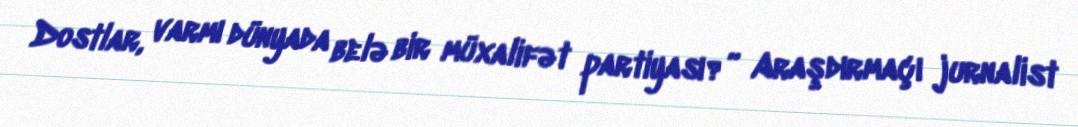
Dostlar, varmı dünyada belə bir müxalifət partiyası?” Araşdırmaçı jurnalist